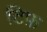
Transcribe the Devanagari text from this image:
टिफ़